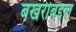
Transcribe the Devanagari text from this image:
बखरीबद्दल